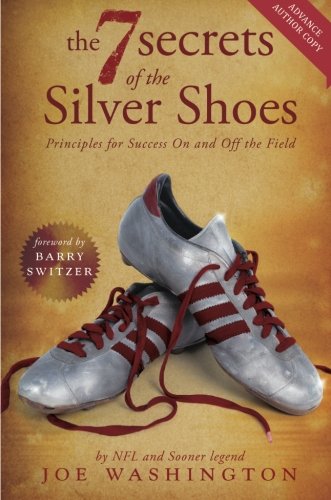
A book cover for The Seven Secrets of the Silver Shoes: Principles for Success On and Off the Field; Joe Washington; Biographies & Memoirs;